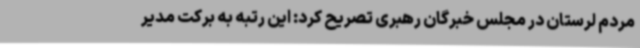
مردم لرستان در مجلس خبرگان رهبری تصریح کرد: این رتبه به برکت مدیر